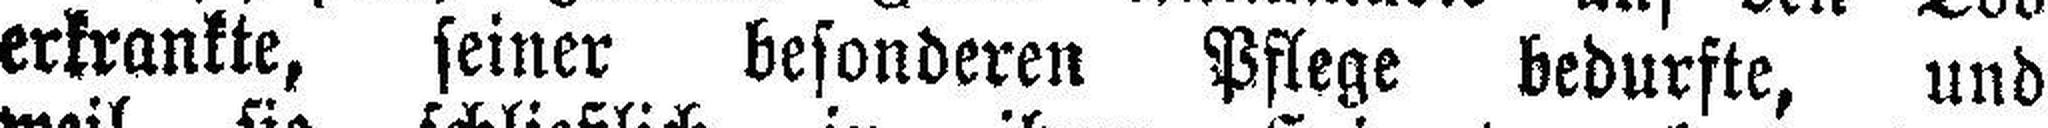
erkrankte, seiner besonderen Pflege bedurfte, und